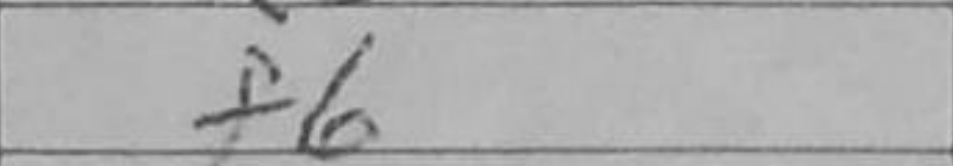
Transcription: f6